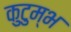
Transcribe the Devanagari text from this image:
कुटुम्भ